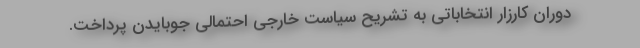
دوران کارزار انتخاباتی به تشریح سیاست خارجی احتمالی جوبایدن پرداخت.